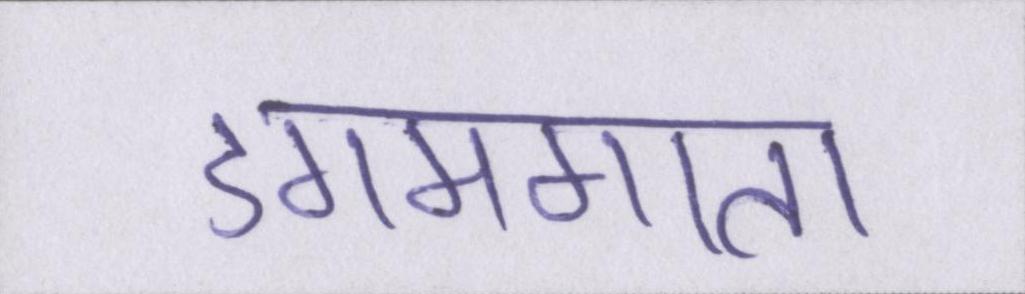
डगमगाता